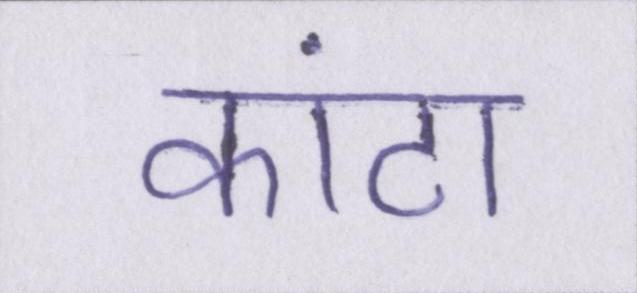
कांटा